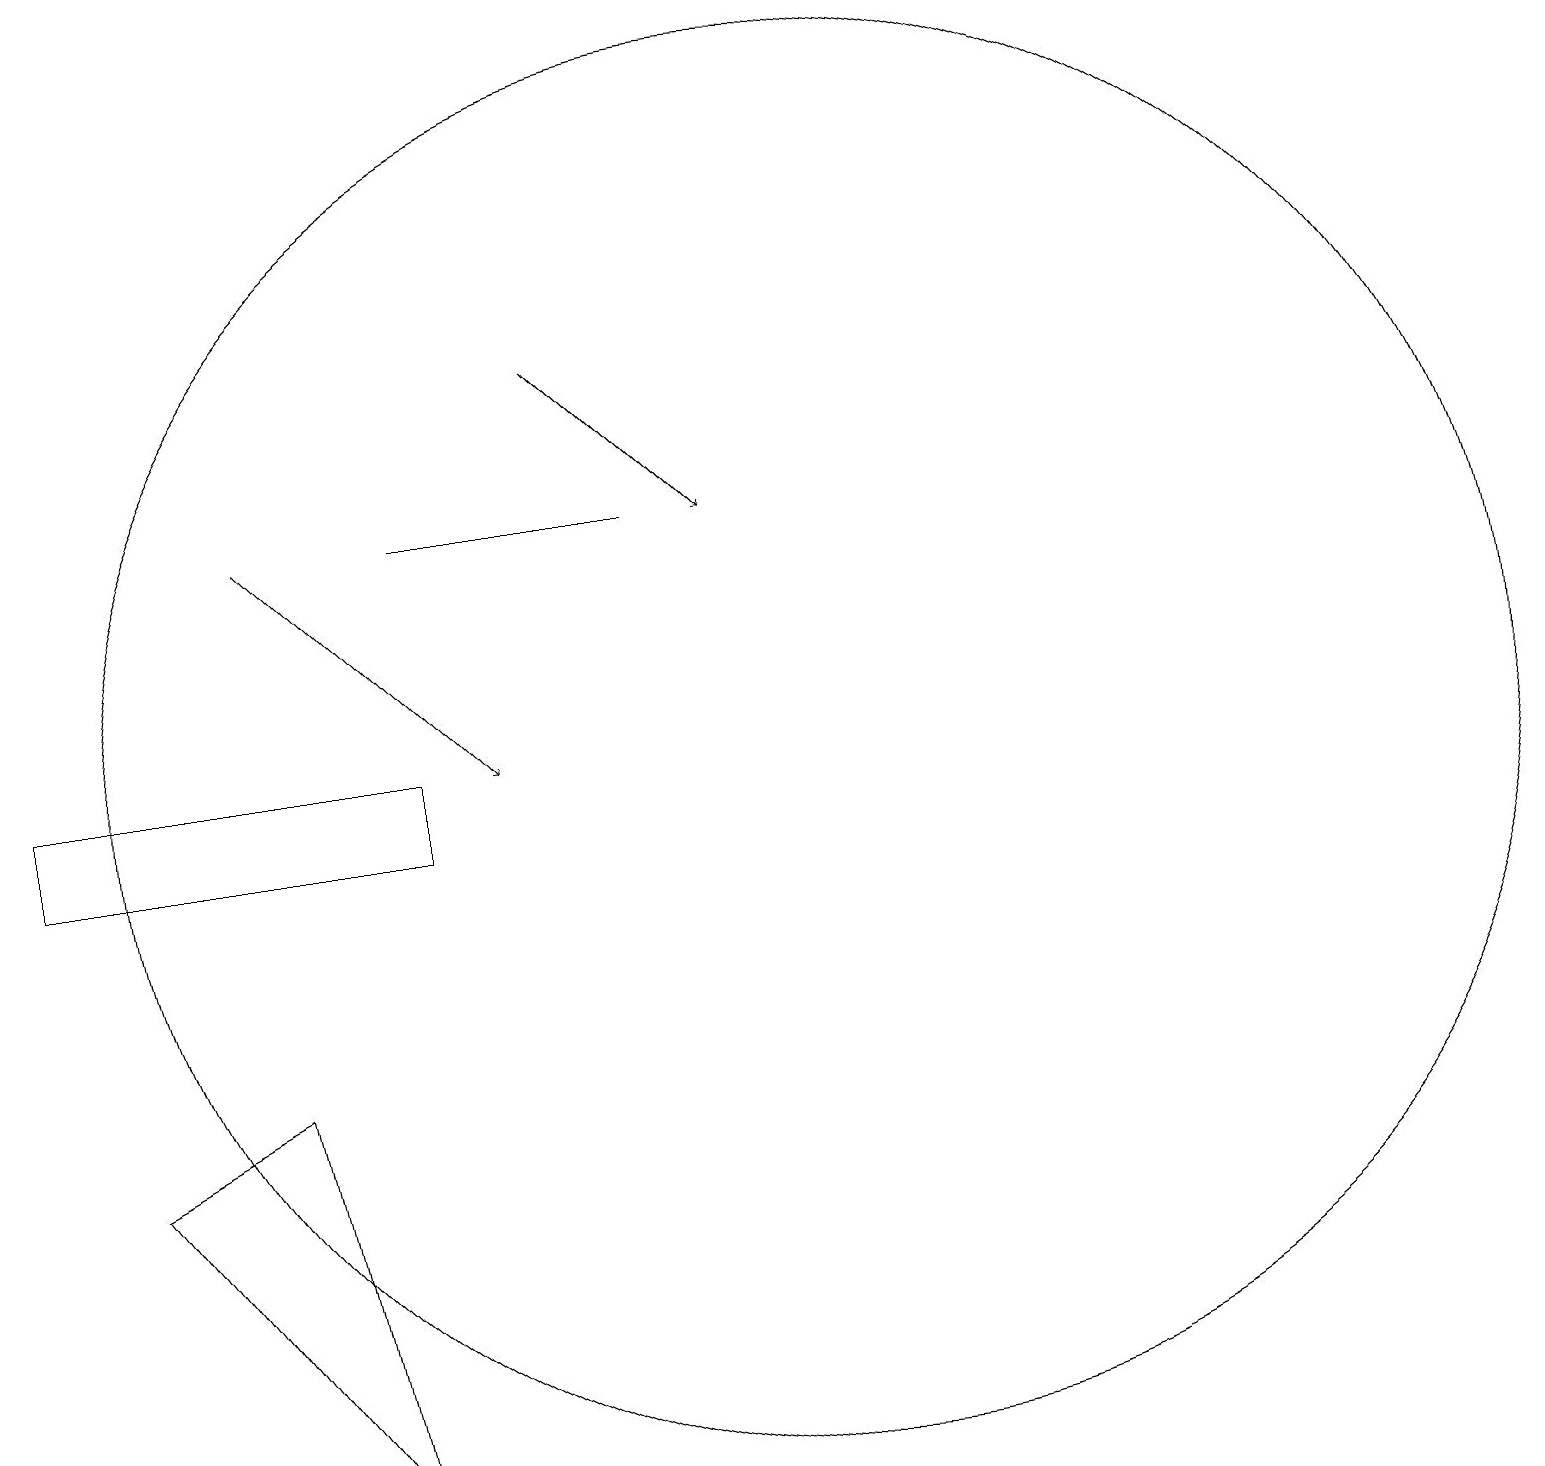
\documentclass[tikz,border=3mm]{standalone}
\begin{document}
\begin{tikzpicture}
\draw (3,8) -- (1,7) -- (4,3) -- cycle;
\draw (10,12) circle (9);
\draw (8,15) rectangle (5,15);
\draw (0,12) rectangle (5,11);
\draw[->] (7,17) -- (9,15);
\draw[->] (3,15) -- (6,12);
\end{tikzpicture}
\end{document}